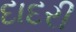
દાદરી